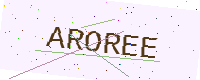
Text: AROREE